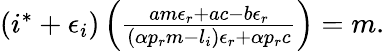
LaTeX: \begin{array}{r}{(i^{*}+\epsilon_{i})\left(\frac{am\epsilon_{r}+ac-b\epsilon_{r}}{(\alpha p_{r}m-l_{i})\epsilon_{r}+\alpha p_{r}c}\right)=m.}\end{array}